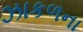
ઝાકળના